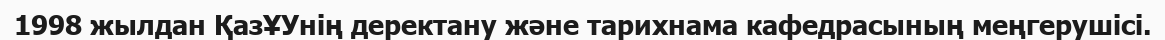
1998 жылдан ҚазҰУнің деректану және тарихнама кафедрасының меңгерушісі.